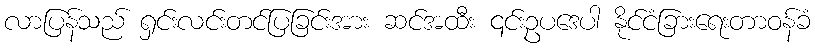
လာပြန်သည် ရှင်းလင်းတင်ပြခြင်းအား ဆင်အထီး ၎င်းဥပဒေပါ နိုင်ငံခြားရေးတာဝန်ခံ